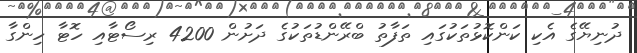
ދުނިޔޭގެ އެކި ކަންކޮޅުތަކުގައި ތަފާތު ބްރޭންޑުތަކުގެ ދަށުން 4200 ރިސޯޓާއި ހޮޓާ ހިންގާ